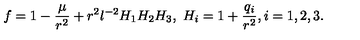
f = 1 - \frac { \mu } { r ^ { 2 } } + r ^ { 2 } l ^ { - 2 } H _ { 1 } H _ { 2 } H _ { 3 } , \ H _ { i } = 1 + \frac { q _ { i } } { r ^ { 2 } } , i = 1 , 2 , 3 .